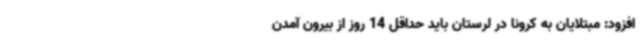
افزود: مبتلایان به کرونا در لرستان باید حداقل 14 روز از بیرون آمدن